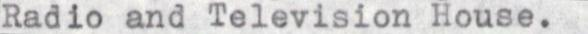
Radio and Television House.